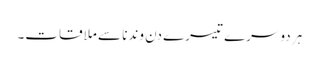
ہر دوسرے تیسرے دن وندنا سے ملاقات۔